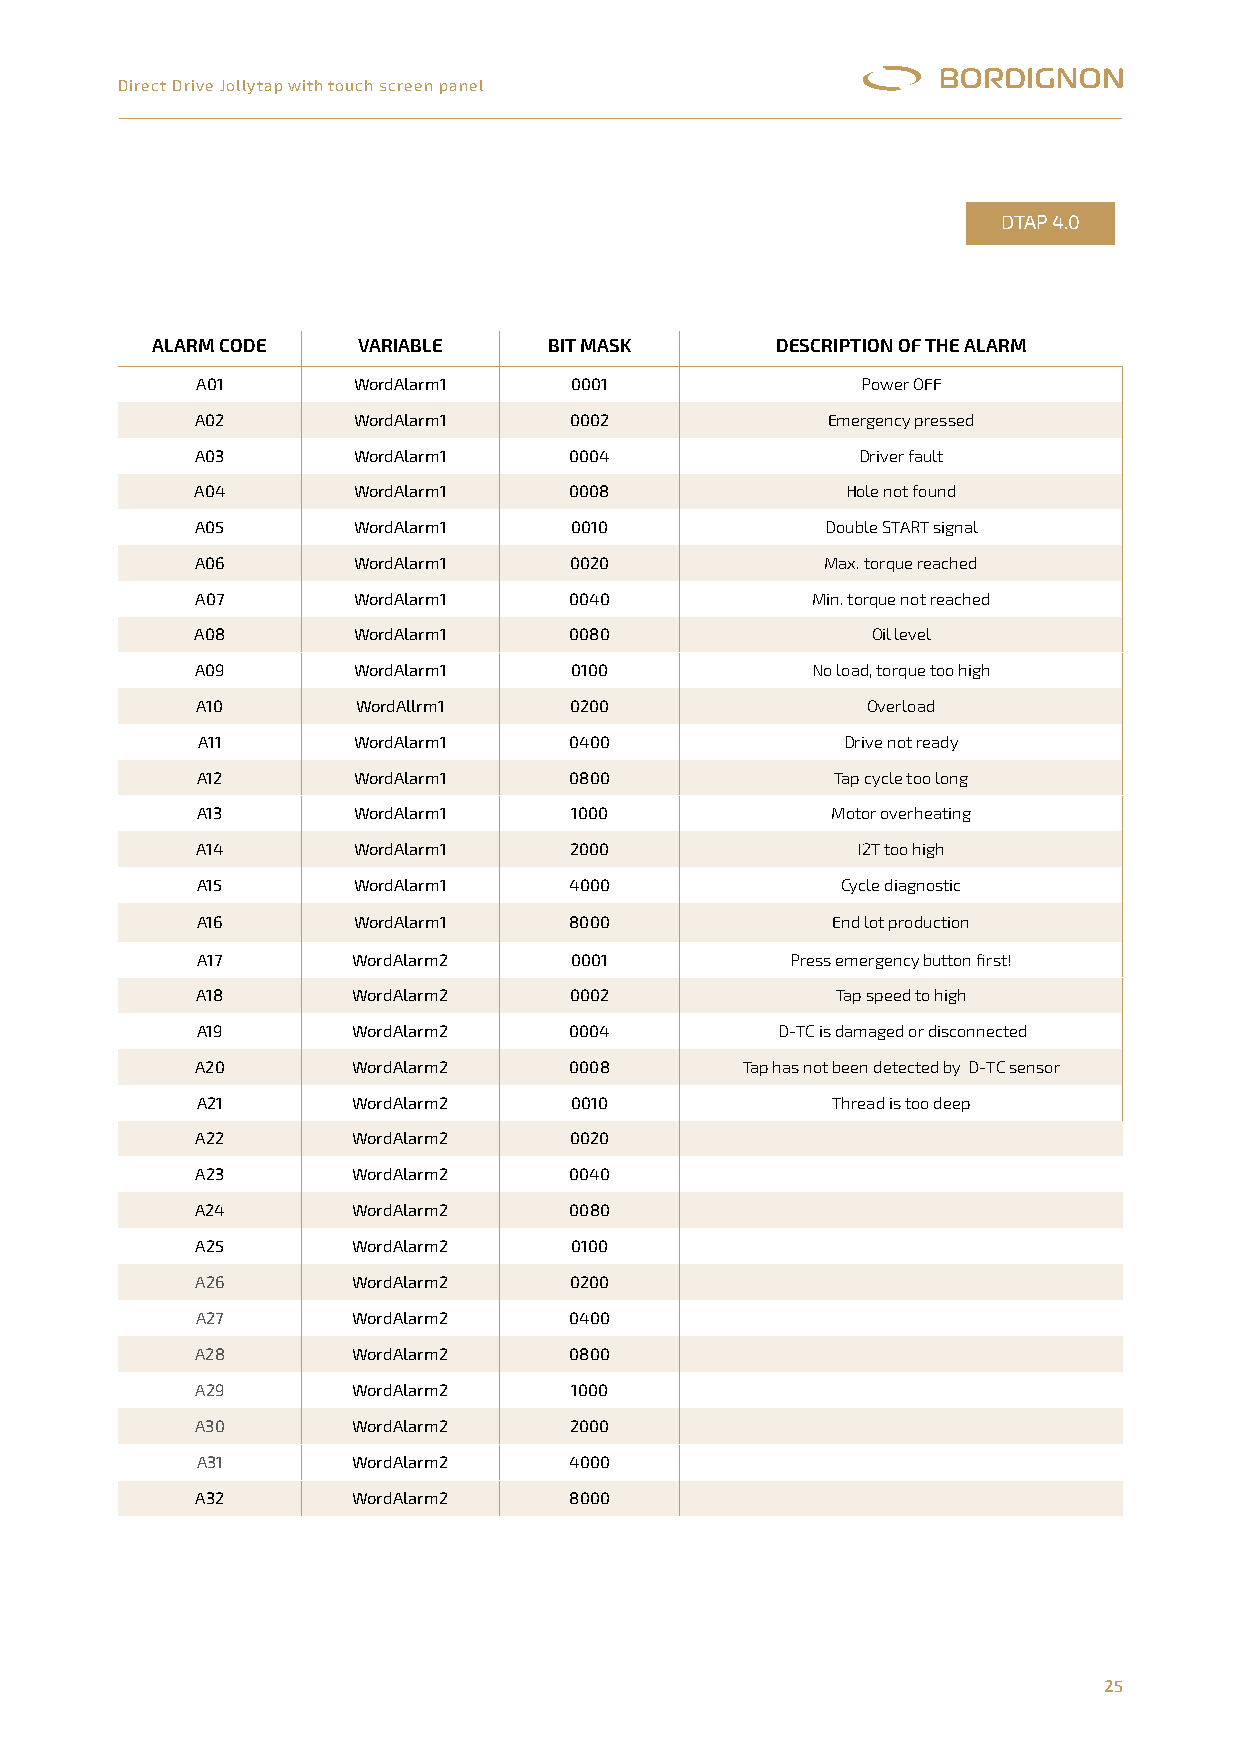
Direct Drive Jollytap with touch screen panel
 DTAP 4.0
 ALARM CODE    vARIABLE    BIT MASk       DESCRIPTION OF THE ALARM
 A01       WordAlarm1     0001               Power OFF
 A02       WordAlarm1     0002             Emergency pressed
 A03       WordAlarm1     0004               Driver fault
 A04       WordAlarm1     0008              Hole not found
 A05       WordAlarm1     0010             Double START signal
 A06       WordAlarm1     0020             Max. torque reached
 A07       WordAlarm1     0040            Min. torque not reached
 A08       WordAlarm1     0080                Oil level
 A09       WordAlarm1     0100            No load, torque too high
 A10        WordAllrm1    0200               Overload
 A11       WordAlarm1     0400              Drive not ready
 A12       WordAlarm1     0800             Tap cycle too long
 A13       WordAlarm1     1000             Motor overheating
 A14       WordAlarm1     2000               I2T too high
 A15       WordAlarm1     4000              Cycle diagnostic
 A16       WordAlarm1     8000             End lot production
 A17       WordAlarm2     0001          Press emergency button first!
 A18       WordAlarm2     0002             Tap speed to high
 A19       WordAlarm2     0004         D-TC is damaged or disconnected
 A20       WordAlarm2     0008       Tap has not been detected by D-TC sensor
 A21       WordAlarm2     0010             Thread is too deep
 A22       WordAlarm2     0020
 A23       WordAlarm2     0040
 A24       WordAlarm2     0080
 A25       WordAlarm2     0100
 A26       WordAlarm2     0200
 A27       WordAlarm2     0400
 A28       WordAlarm2     0800
 A29       WordAlarm2     1000
 A30       WordAlarm2     2000
 A31       WordAlarm2     4000
 A32       WordAlarm2     8000
 25